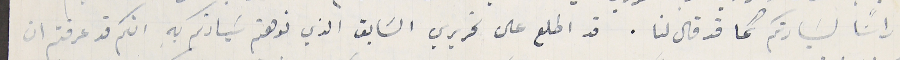
راسًا لسَيادتكم كما قد قال لنا. قد اطلع على تحريري السَابق الذي نوهتم سَيادتكم بهِ انكم قد عرفتم ان